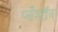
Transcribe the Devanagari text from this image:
प्लँस्टॉन